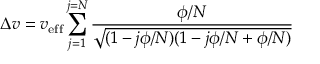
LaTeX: \Delta v = v _ { \mathrm { { e f f } } } \sum _ { j = 1 } ^ { j = N } { \frac { \phi / N } { \sqrt { ( 1 - j \phi / N ) ( 1 - j \phi / N + \phi / N ) } } }